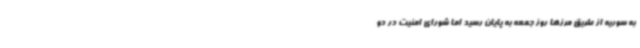
به سوریه از طریق مرزها روز جمعه به پایان رسید اما شورای امنیت در دو